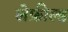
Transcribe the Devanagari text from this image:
लेफ़ील्ड